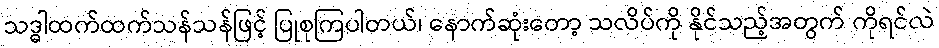
သဒ္ဓါထက်ထက်သန်သန်ဖြင့် ပြုစုကြပါတယ်၊ နောက်ဆုံးတော့ သလိပ်ကို နိုင်သည့်အတွက် ကိုရင်လဲ